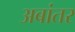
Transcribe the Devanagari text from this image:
अबांतर